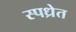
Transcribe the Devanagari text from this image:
स्पध्रेत